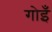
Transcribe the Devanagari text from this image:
गोइँ